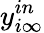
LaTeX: y_{i\infty}^{in}